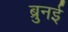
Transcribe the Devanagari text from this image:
ब्रुनई